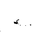
Letter: _hamza